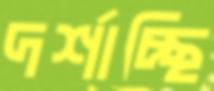
দর্শাচ্ছি